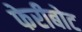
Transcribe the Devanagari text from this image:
फेरीबोट